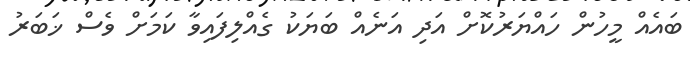
ބައެއް މީހުން ހައްޔަރުކޮށް އަދި އަނެއް ބަޔަކު ގެއްލިފައިވާ ކަމަށް ވެސް ޚަބަރު